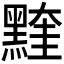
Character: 𪑭